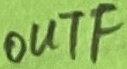
Text: OUTF